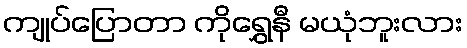
ကျုပ်ပြောတာ ကိုရွှေနီ မယုံဘူးလား